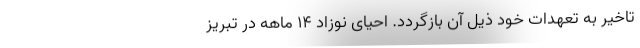
تاخیر به تعهدات خود ذیل آن بازگردد. احیای نوزاد ۱۴ ماهه در تبریز